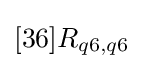
[36]R_{q6,q6}